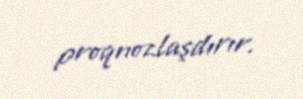
proqnozlaşdırır.